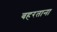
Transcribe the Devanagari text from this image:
बहरताना